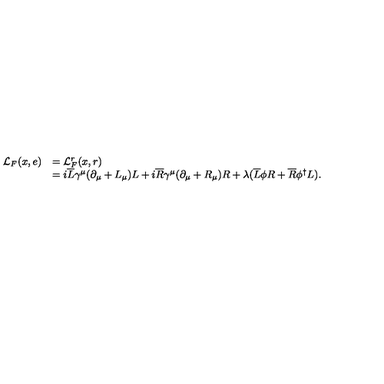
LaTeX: \begin{array} { c l } { { \cal { L } } _ { F } ( x , e ) } & { = { \cal { L } } _ { F } ^ { r } ( x , r ) } \\ { } & { = i \overline { { L } } \gamma ^ { \mu } ( { \partial } _ { \mu } + L _ { \mu } ) L + i \overline { { R } } \gamma ^ { \mu } ( { \partial } _ { \mu } + R _ { \mu } ) R + \lambda ( \overline { { L } } \phi { R } + \overline { { R } } { \phi } ^ { \dag } L ) . } \\ \end{array}